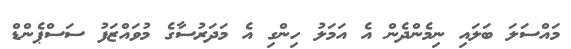
މައްސަލަ ބަލައި ނިމެންދެން އެ އަމަލު ހިންގި އެ މަދަރުސާގެ މުވައްޒަފު ސަސްޕެންޑް